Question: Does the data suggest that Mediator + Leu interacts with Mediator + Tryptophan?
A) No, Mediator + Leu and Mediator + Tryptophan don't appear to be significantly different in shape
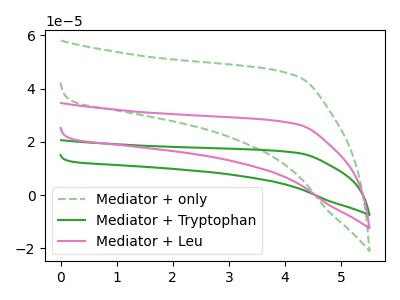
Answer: <think>The green dashed curve "Mediator + only" has no peaks. The green curve "Mediator + Tryptophan" has no peaks. The pink curve "Mediator + Leu" has no peaks.
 Neither "Mediator + Leu" or "Mediator + Tryptophan" have any peaks.</think>
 <answer>A) No, "Mediator + Leu" and "Mediator + Tryptophan" don't appear to be significantly different in shape</answer>
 <eval>A</eval>